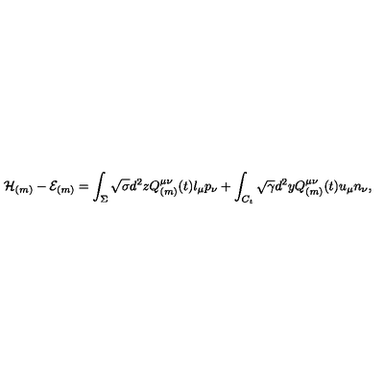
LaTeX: { \cal H } _ { ( m ) } - { \cal E } _ { ( m ) } = \int _ { \Sigma } \sqrt { \sigma } d ^ { 2 } z Q _ { ( m ) } ^ { \mu \nu } ( t ) l _ { \mu } p _ { \nu } + \int _ { C _ { t } } \sqrt { \gamma } d ^ { 2 } y Q _ { ( m ) } ^ { \mu \nu } ( t ) u _ { \mu } n _ { \nu } ,